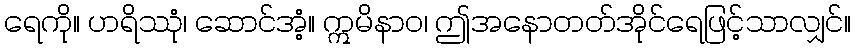
ရေကို။ ဟရိဿုံ၊ ဆောင်အံ့။ ဣမိနာဝ၊ ဤအနောတတ်အိုင်ရေဖြင့်သာလျှင်။